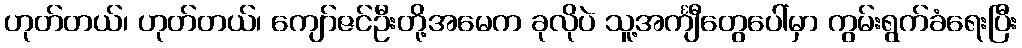
ဟုတ်တယ်၊ ဟုတ်တယ်၊ ကျော်ဇင်ဦးတို့အမေက ခုလိုပဲ သူ့အင်္ကျီတွေပေါ်မှာ ကွမ်းရွက်ခံရေးပြီး